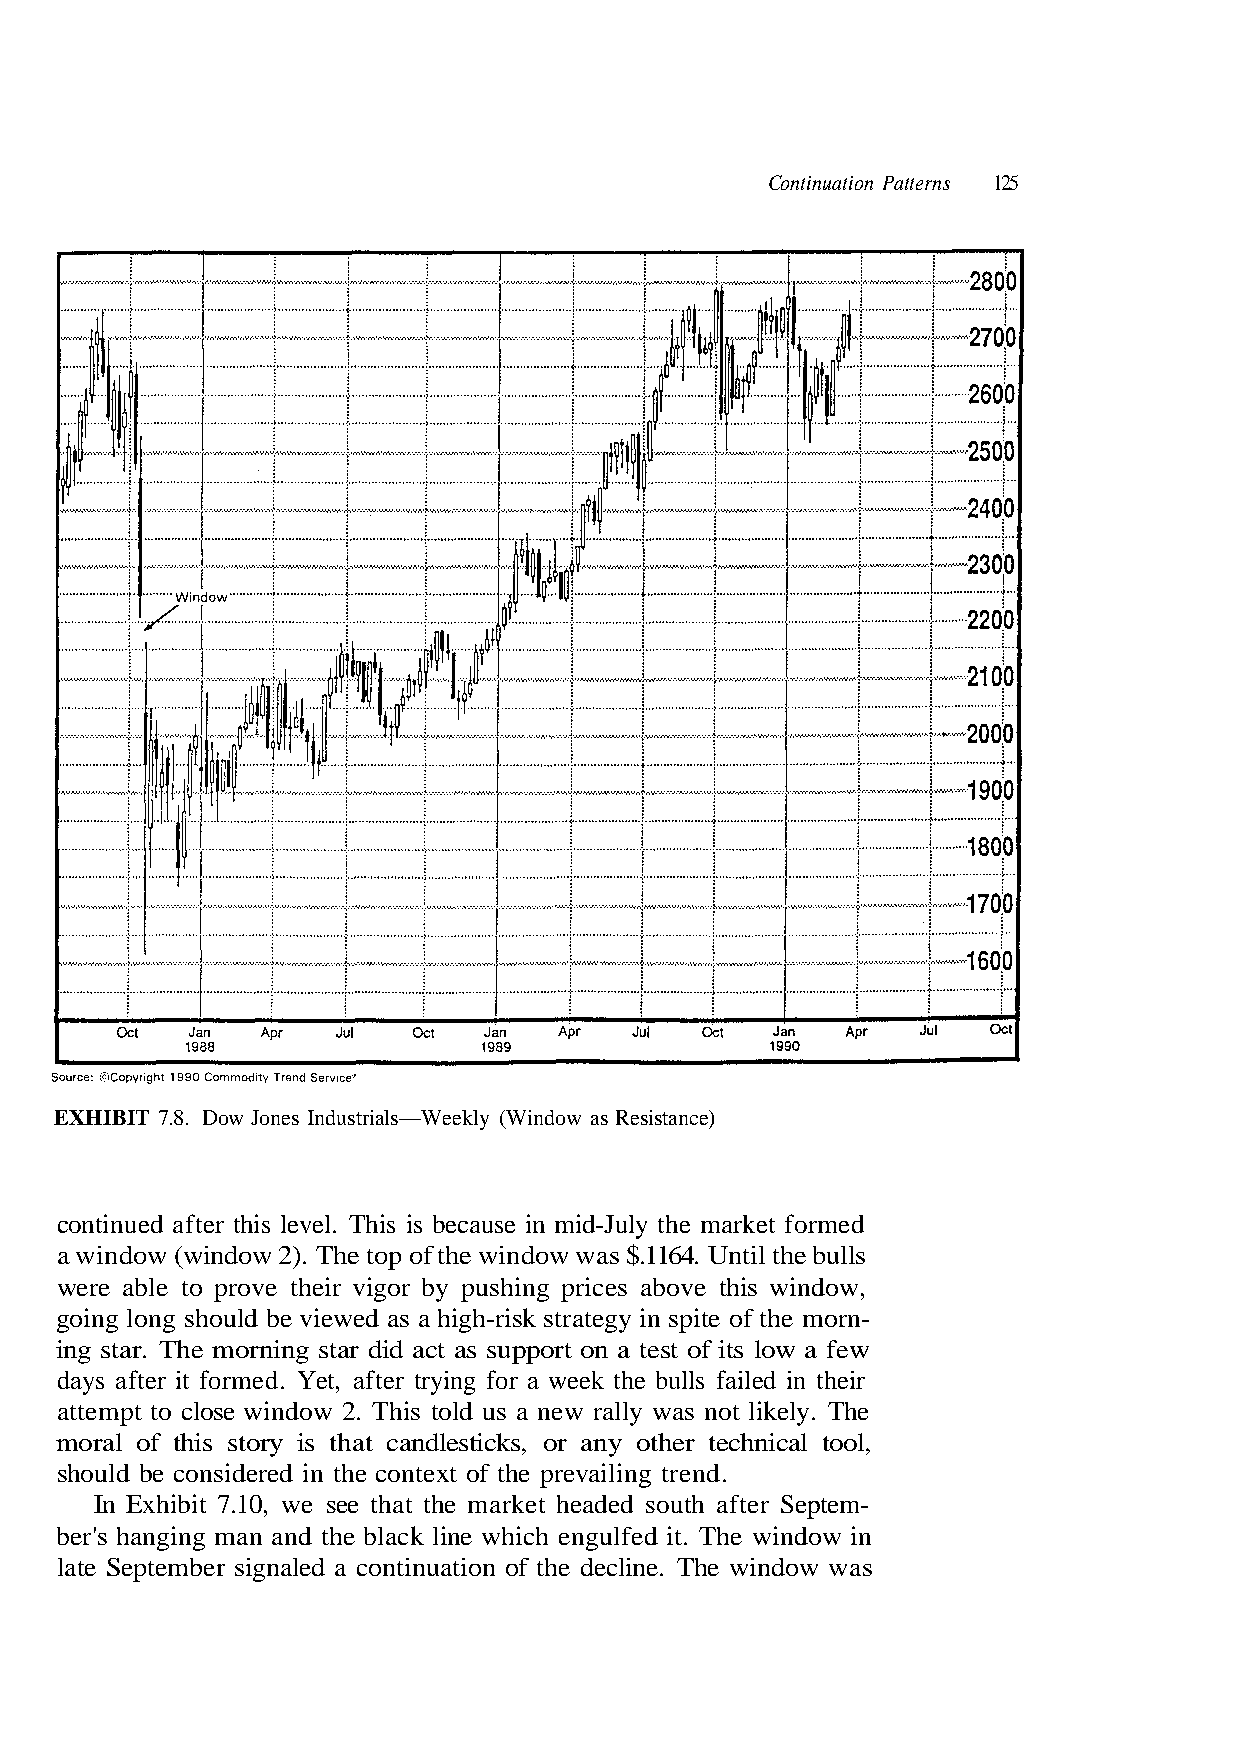
Continuation Patterns 125
 continued after this level. This is because in mid-July the market formed
 a window (window 2). The top of the window was $.1164. Until the bulls
 going long should be viewed as a high-risk strategy in spite of the morn-
 attempt to close window 2. This told us a new rally was not likely. The
 moral of this story is that candlesticks, or any other technical tool,
 In Exhibit 7.10, we see that the market headed south after Septem-
 late September signaled a continuation of the decline. The window was
 r i e h t
 . d
 n
 n
 i
 e
 d e
 r t
 l i a
 g
 f
 n
 s
 i
 l
 l
 l
 i
 )
 u
 a
 ce
 b
 v
 an
 e
 e
 t
 h
 r
 s
 p
 i
 t
 s e
 k
 R
 e
 e
 s
 e
 h
 a
 w
 t
 w
 f
 o
 a
 o
 w
 Wind
 a fe
 or
 xt
 f
 w
 e
 eekly (
 of its lo
 rying
 cont
 ndow in
 W
 st
 t
 wi
 —
 ow,
 a te
 er
 he
 The
 rials
 s wind
 rt on
 aft
 n t
 ed it.
 st
 thi
 po
 ,
 i
 ulf
 ndu
 above
 sup
 Yet
 ed
 h eng
 ow Jones I
 by pushing prices
 star did act as
 ormed.
 onsider
 black line whic
 D
 or
 g
 f
 c
 he
 g
 n
 t
 .8.
 eir vi
 orni
 it
 e
 and
 T 7
 ve th
 e m
 ter
 b
 man
 HIBI
 ble to pro
 tar. Th
 ys af
 ould
 hanging
 EX
 were a
 ing s
 da
 sh
 ber's